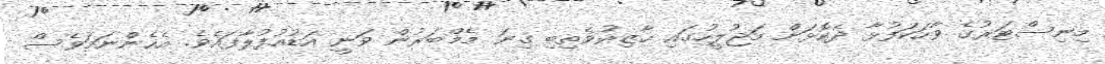
މިނިސްޓަރުގެ ވާހަކަފުޅާ ދެކޮޅަށް މަޖުލީހުގައި ހާޒިރުވެތިބި ގިނަ މެމްބަރުން ވަނީ އަޑުއުފުލާފައެވެ. އެހެންނަމަވެސް